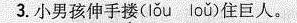
3.小男孩伸手搂(lǒu loǔ)住巨人。